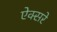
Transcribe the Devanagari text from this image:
ऐक्सरे